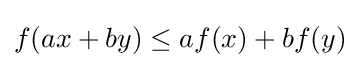
f(ax+by)\leq af(x)+bf(y)